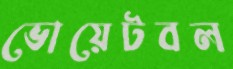
ভোয়েটবল